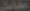
معامل